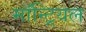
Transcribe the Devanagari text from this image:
माॅन्ट्रियल